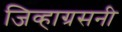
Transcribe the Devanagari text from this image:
जिव्हाग्रसनी